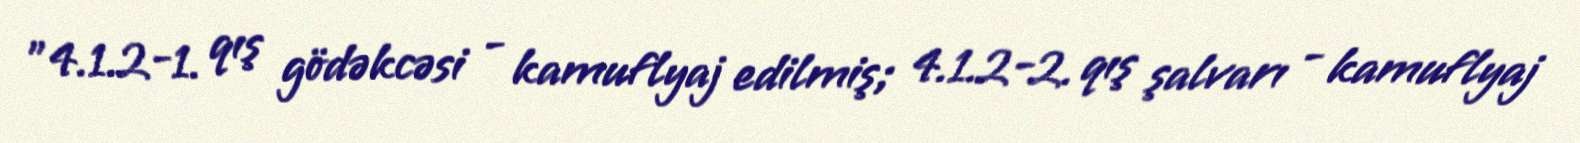
"4.1.2-1. qış gödəkcəsi - kamuflyaj edilmiş; 4.1.2-2. qış şalvarı - kamuflyaj